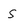
Character: s